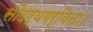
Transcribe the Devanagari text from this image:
सौंदर्यगर्विता।